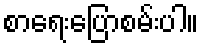
စာရေးပြောစမ်းပါ။